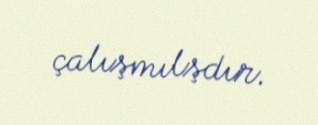
çalışmılşdır.